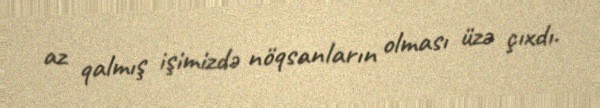
az qalmış işimizdə nöqsanların olması üzə çıxdı.